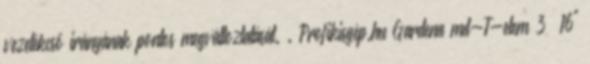
vezetékcső irányának pontos megváltoztatását. . Profikisgép.hu Gardena md-T-elem 3 16"